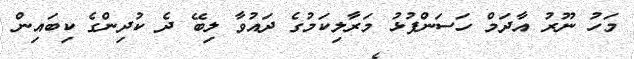
މަހު ނޫރު އާދަމް ހަސަންފުޅު މަރާލިކަމުގެ ދައުވާ ލިބޭ ދެ ކުދިންގެ ކިބައިން